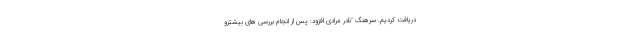
دریافت کردیم. سرهنگ "نادر مرادی افزود: پس از انجام بررسی های بیشترو